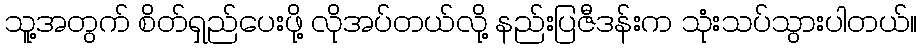
သူ့အတွက် စိတ်ရှည်ပေးဖို့ လိုအပ်တယ်လို့ နည်းပြဇီဒန်းက သုံးသပ်သွားပါတယ်။